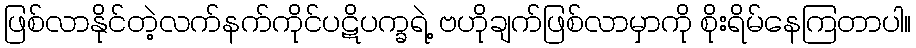
ဖြစ်လာနိုင်တဲ့လက်နက်ကိုင်ပဋိပက္ခရဲ့ ဗဟိုချက်ဖြစ်လာမှာကို စိုးရိမ်နေကြတာပါ။